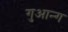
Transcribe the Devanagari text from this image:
गुआन्ग